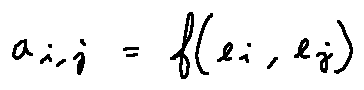
a _ { i , j } = f ( e _ { i } , e _ { j } )